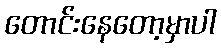
တောင်းနေတော့မှာပါ